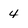
Character: 4